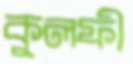
কুলফী